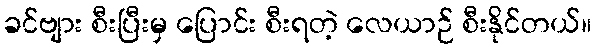
ခင်ဗျား စီးပြီးမှ ပြောင်း စီးရတဲ့ လေယာဉ် စီးနိုင်တယ်။